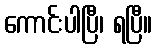
ကောင်းပါပြီ၊ ရပြီ။